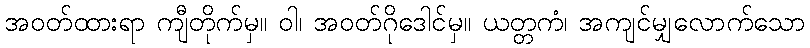
အဝတ်ထားရာ ကျီတိုက်မှ။ ဝါ၊ အဝတ်ဂိုဒေါင်မှ။ ယတ္တကံ၊ အကျင်မျှလောက်သော